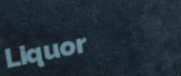
Liquor